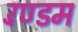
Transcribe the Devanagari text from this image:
रॅण्डम